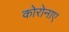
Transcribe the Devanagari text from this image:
कोरोनाए